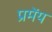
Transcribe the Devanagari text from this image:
प्रमेंय